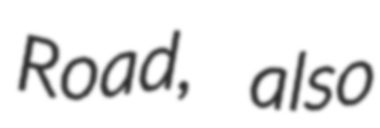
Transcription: Road, also